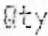
QTY